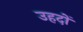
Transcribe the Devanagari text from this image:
उहदों